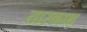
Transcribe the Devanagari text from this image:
तारकाक्ष